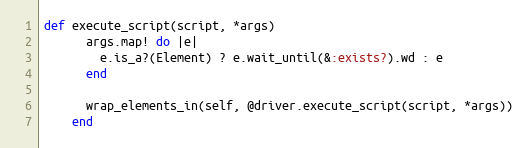
Language: Ruby
def execute_script(script, *args)
      args.map! do |e|
        e.is_a?(Element) ? e.wait_until(&:exists?).wd : e
      end

      wrap_elements_in(self, @driver.execute_script(script, *args))
    end